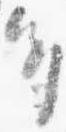
多